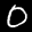
Label: 0